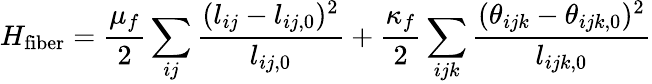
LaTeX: H_{\mathrm{fiber}}=\frac{\mu_{f}}{2}\sum_{ij}\frac{(l_{ij}-l_{ij,0})^{2}}{l_{ij,0}}+\frac{\kappa_{f}}{2}\sum_{ijk}\frac{(\theta_{ijk}-\theta_{ijk,0})^{2}}{l_{ijk,0}}